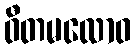
ဝီတမလောဝ